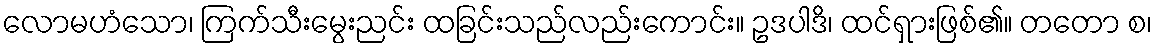
လောမဟံသော၊ ကြက်သီးမွေးညင်း ထခြင်းသည်လည်းကောင်း။ ဥဒပါဒိ၊ ထင်ရှားဖြစ်၏။ တတော စ၊